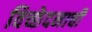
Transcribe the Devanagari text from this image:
विच्छेदनाची